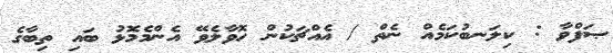
ޞަފްވާ : ކިލަނބުކަމެއް ނެތް / އެއްޗަކުން ހޮވާލެވޭ އެންމެމޮޅު ބައި ތިބާގެ